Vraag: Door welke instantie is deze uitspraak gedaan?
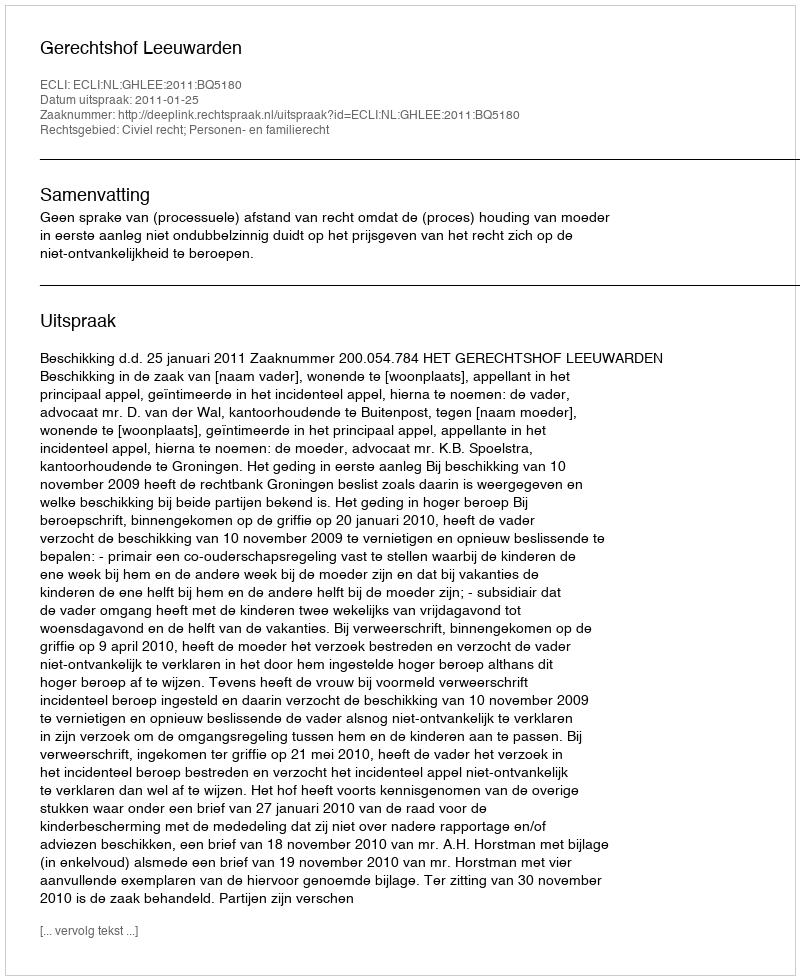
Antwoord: Gerechtshof Leeuwarden